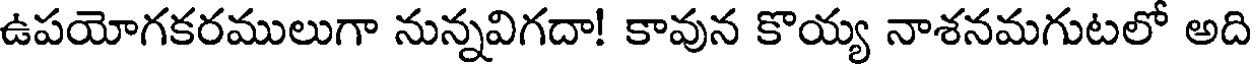
ఉపయోగకరములుగా నున్నవిగదా! కావున కొయ్య నాశనమగుటలో అది